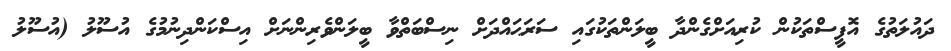
ދައުލަތުގެ އޮފީސްތަކުން ކުރިއަށްގެންދާ ބީލަންތަކުގައި ސަރަޙައްދަށް ނިސްބަތްވާ ބީލަންވެރިންނަށް އިސްކަންދިނުމުގެ އުސޫލު (އުސޫލު